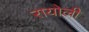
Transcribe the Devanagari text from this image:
रायोली